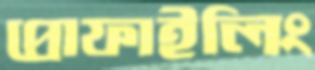
প্রোফাইলিং